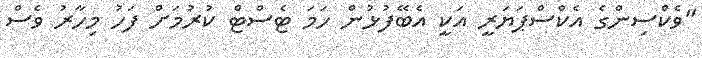
"ވެކްސިންގެ އެެކްސްޕަޔަރީ އަކީ އެބޭފުޅުން ހަމަ ޓެސްޓް ކުރުމަށް ފަހު މިހާރު ވެސް